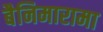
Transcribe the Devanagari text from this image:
बैनिमारामा